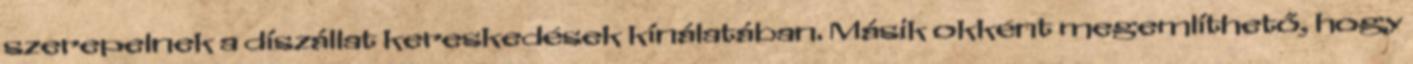
szerepelnek a díszállat kereskedések kínálatában. Másik okként megemlíthető, hogy